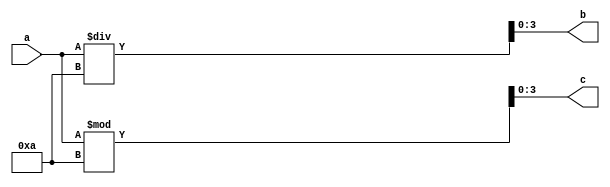
module bin_to_bcd3(input [5:0]a,output reg [3:0]c,output reg [3:0]b);

reg[5:0] i;
 

always @ (a) begin  
i=a;
c[3:0]<=i%10;
b[3:0]<=i/10;
  end
endmodule